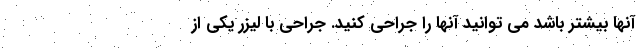
آنها بیشتر باشد می توانید آنها را جراحی کنید. جراحی با لیزر یکی از